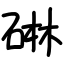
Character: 碄